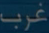
غرب